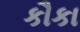
કૌકા